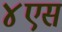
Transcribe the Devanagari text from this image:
४एस